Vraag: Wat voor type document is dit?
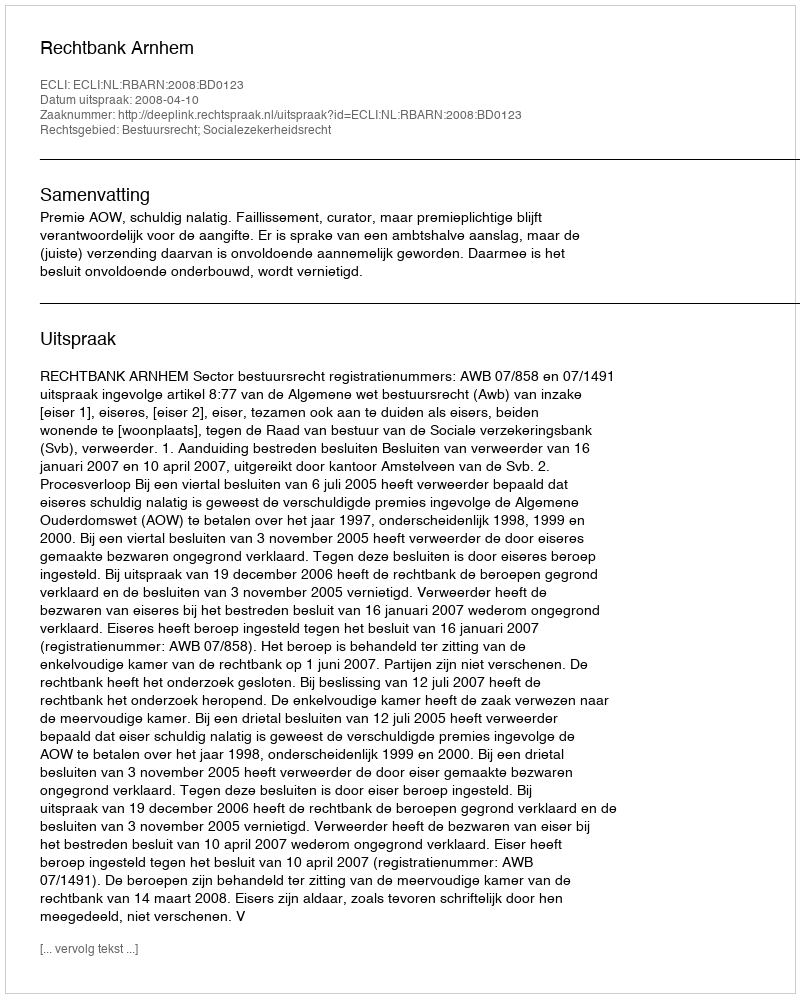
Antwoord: Uitspraak